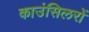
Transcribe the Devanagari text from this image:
काउंसिलरों